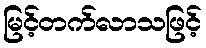
မြင့်တက်လာသဖြင့်